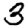
Digit: 3